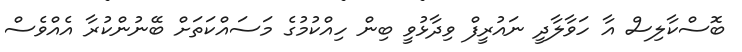
ބޮސްކާލިސް އާ ހަވާލާދީ ނައުރީފް ވިދާޅުވީ ބިން ހިއްކުމުގެ މަސައްކަތަށް ބޭނުންކުރާ އެއްވެސް